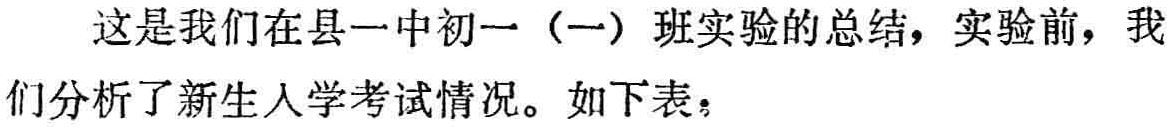
这是我们在县一中初一（一）班实验的总结，实验前，我们分析了新生入学考试情况。如下表：